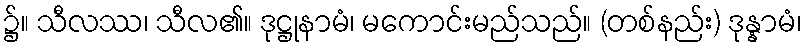
၌။ သီလဿ၊ သီလ၏။ ဒုဋ္ဌုနာမံ၊ မကောင်းမည်သည်။ (တစ်နည်း) ဒုန္နာမံ၊